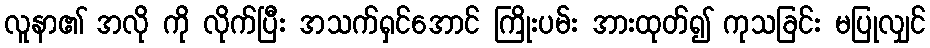
လူနာ၏ အလို ကို လိုက်ပြီး အသက်ရှင်အောင် ကြိုးပမ်း အားထုတ်၍ ကုသခြင်း မပြုလျှင်